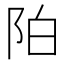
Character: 𲉌